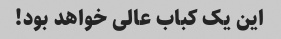
این یک کباب عالی خواهد بود!